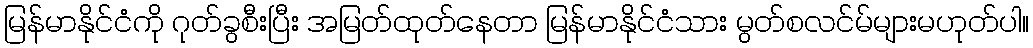
မြန်မာနိုင်ငံကို ဂုတ်ခွစီးပြီး အမြတ်ထုတ်နေတာ မြန်မာနိုင်ငံသား မွတ်စလင်မ်များမဟုတ်ပါ။